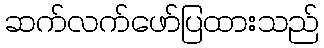
ဆက်လက်ဖော်ပြထားသည်